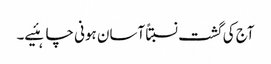
آج کی گشت نسبتاً آسان ہونی چاہئیے۔